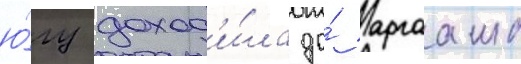
ю́гу доход'и́ла до́ аргааша